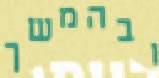
ובהמשך